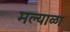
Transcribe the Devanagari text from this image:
मल्याळा